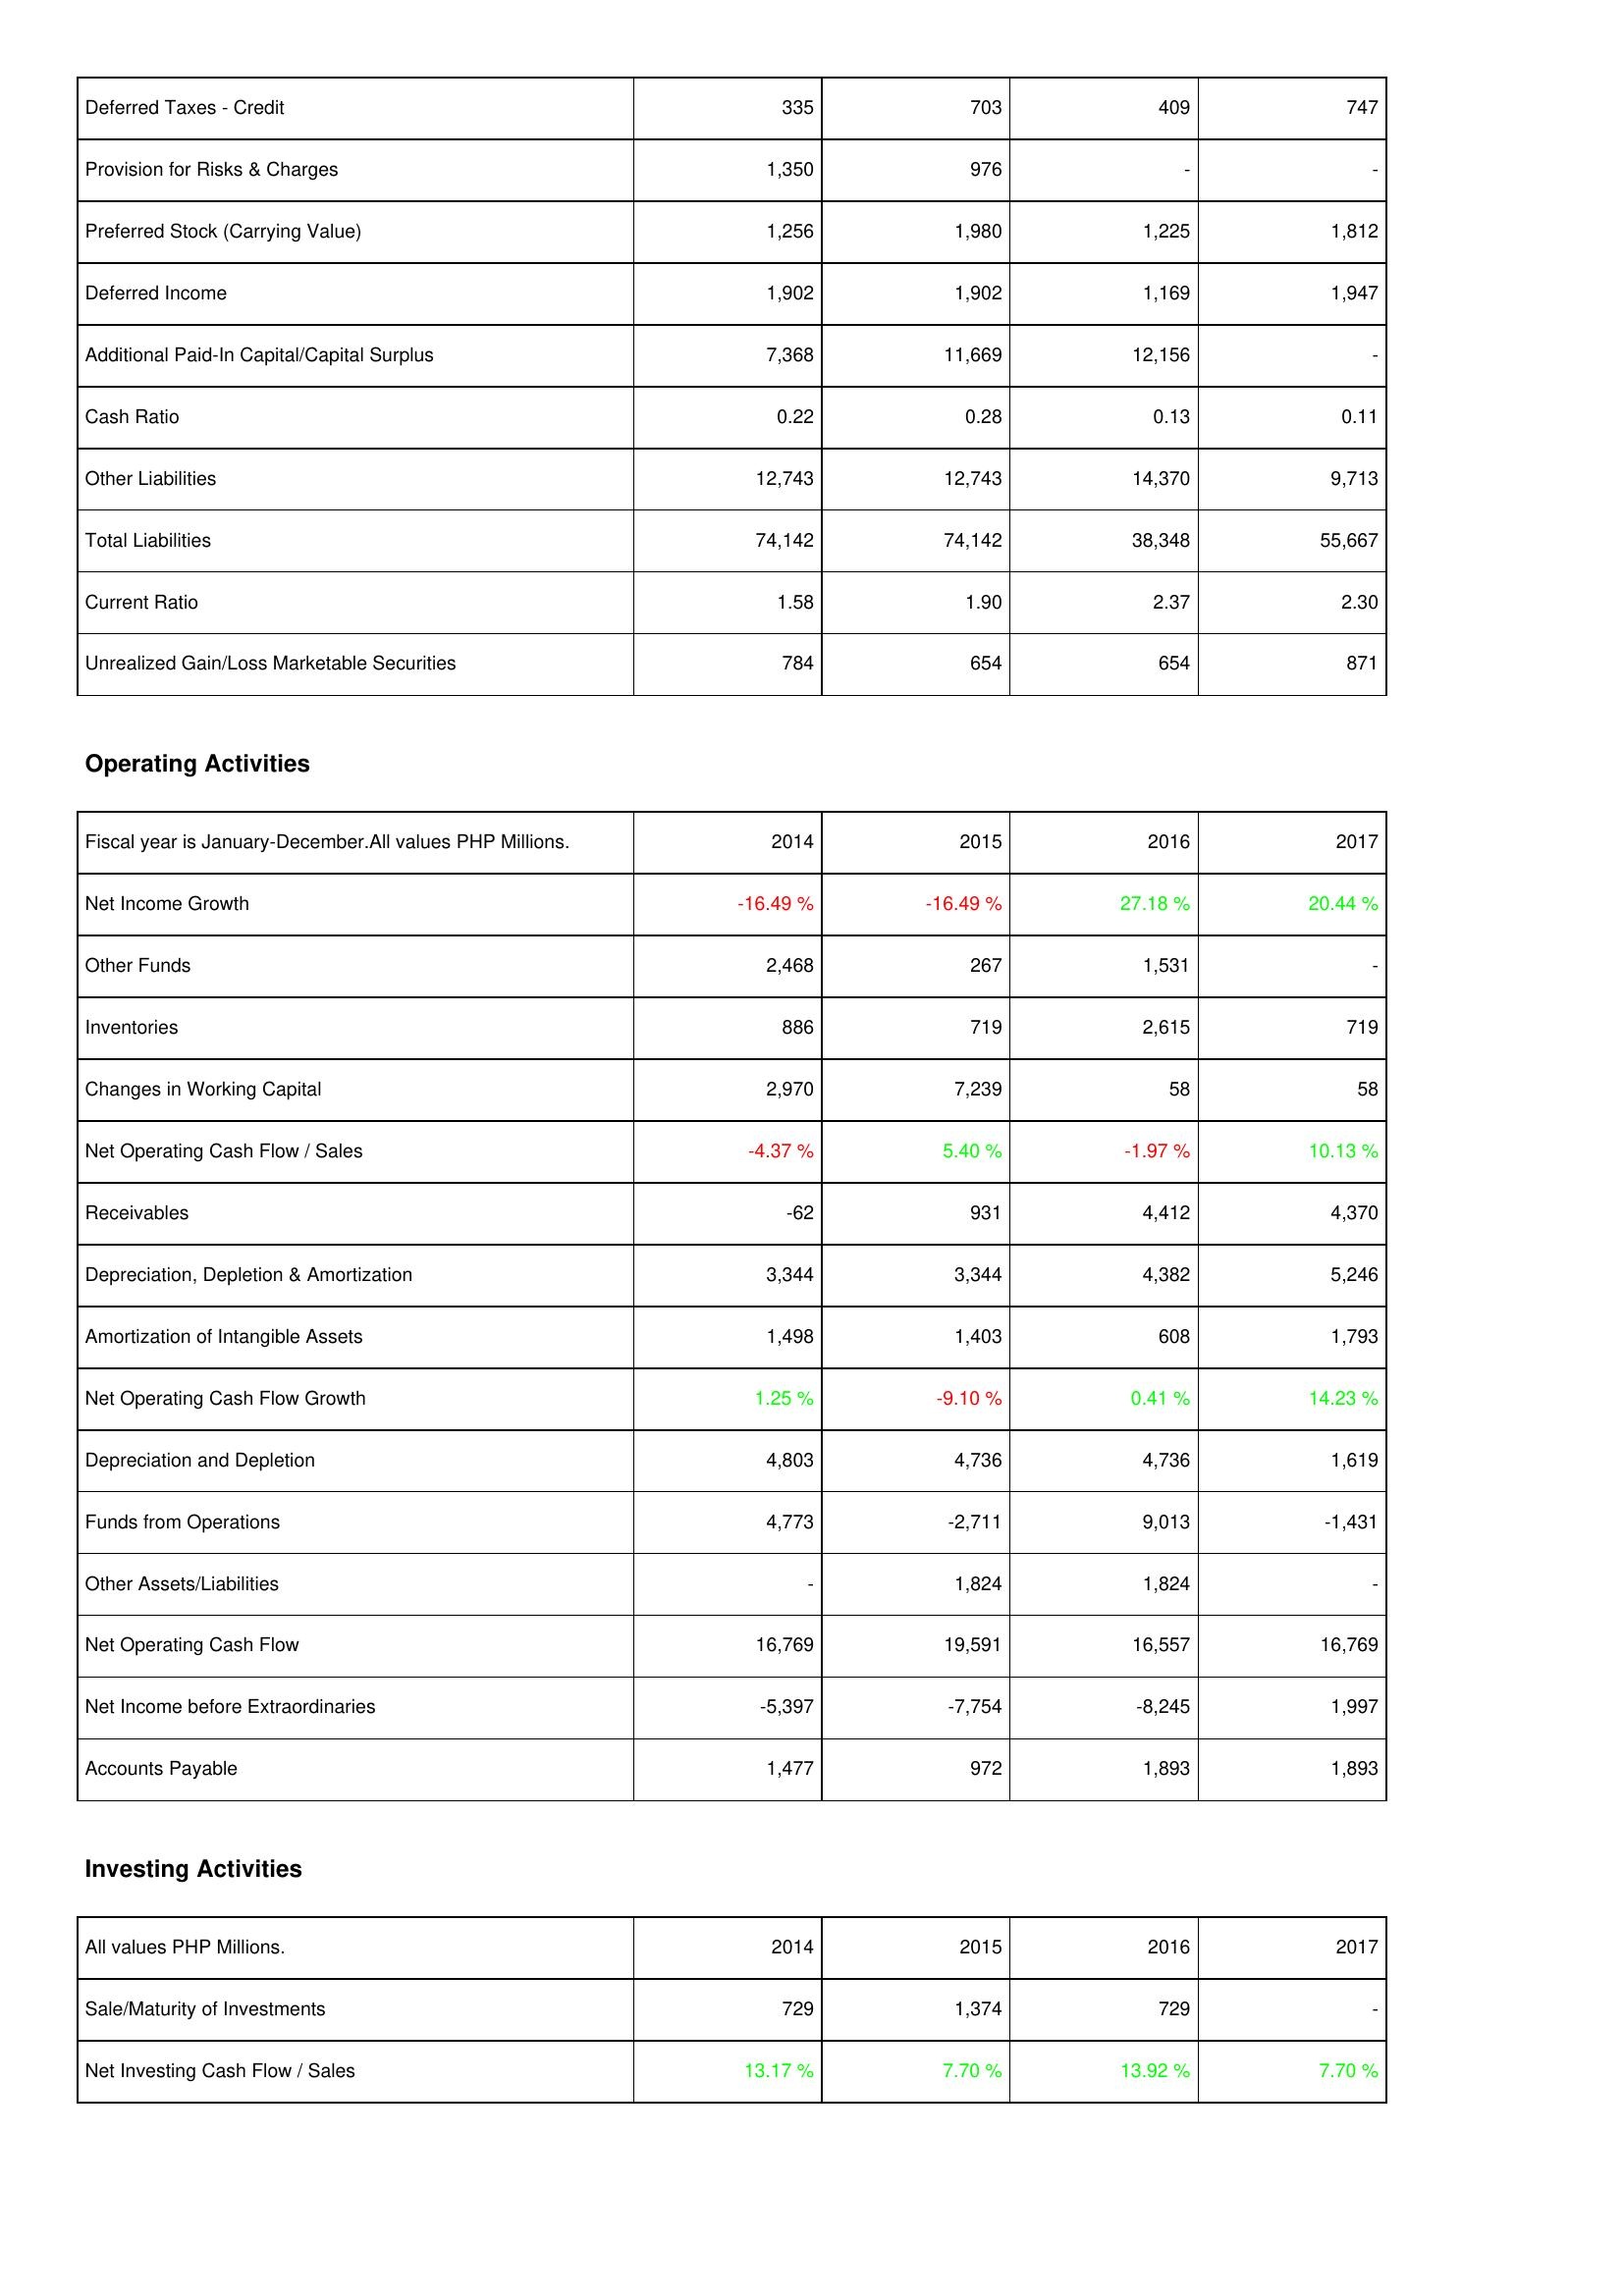
2014: Liabilities & Shareholders' Equity: Deferred Taxes - Credit: 335
Provision for Risks & Charges: 1,350
Preferred Stock (Carrying Value): 1,256
Deferred Income: 1,902
Additional Paid-In Capital/Capital Surplus: 7,368
Cash Ratio: 0.22
Other Liabilities: 12,743
Total Liabilities: 74,142
Current Ratio: 1.58
Unrealized Gain/Loss Marketable Securities: 784
Operating Activities: Net Income Growth: -16.49 %
Other Funds: 2,468
Inventories: 886
Changes in Working Capital: 2,970
Net Operating Cash Flow / Sales: -4.37 %
Receivables: -62
Depreciation, Depletion & Amortization: 3,344
Amortization of Intangible Assets: 1,498
Net Operating Cash Flow Growth: 1.25 %
Depreciation and Depletion: 4,803
Funds from Operations: 4,773
Other Assets/Liabilities: -
Net Operating Cash Flow: 16,769
Net Income before Extraordinaries: -5,397
Accounts Payable: 1,477
Investing Activities: Sale/Maturity of Investments: 729
Net Investing Cash Flow / Sales: 13.17 %
2015: Liabilities & Shareholders' Equity: Deferred Taxes - Credit: 703
Provision for Risks & Charges: 976
Preferred Stock (Carrying Value): 1,980
Deferred Income: 1,902
Additional Paid-In Capital/Capital Surplus: 11,669
Cash Ratio: 0.28
Other Liabilities: 12,743
Total Liabilities: 74,142
Current Ratio: 1.90
Unrealized Gain/Loss Marketable Securities: 654
Operating Activities: Net Income Growth: -16.49 %
Other Funds: 267
Inventories: 719
Changes in Working Capital: 7,239
Net Operating Cash Flow / Sales: 5.40 %
Receivables: 931
Depreciation, Depletion & Amortization: 3,344
Amortization of Intangible Assets: 1,403
Net Operating Cash Flow Growth: -9.10 %
Depreciation and Depletion: 4,736
Funds from Operations: -2,711
Other Assets/Liabilities: 1,824
Net Operating Cash Flow: 19,591
Net Income before Extraordinaries: -7,754
Accounts Payable: 972
Investing Activities: Sale/Maturity of Investments: 1,374
Net Investing Cash Flow / Sales: 7.70 %
2016: Liabilities & Shareholders' Equity: Deferred Taxes - Credit: 409
Provision for Risks & Charges: -
Preferred Stock (Carrying Value): 1,225
Deferred Income: 1,169
Additional Paid-In Capital/Capital Surplus: 12,156
Cash Ratio: 0.13
Other Liabilities: 14,370
Total Liabilities: 38,348
Current Ratio: 2.37
Unrealized Gain/Loss Marketable Securities: 654
Operating Activities: Net Income Growth: 27.18 %
Other Funds: 1,531
Inventories: 2,615
Changes in Working Capital: 58
Net Operating Cash Flow / Sales: -1.97 %
Receivables: 4,412
Depreciation, Depletion & Amortization: 4,382
Amortization of Intangible Assets: 608
Net Operating Cash Flow Growth: 0.41 %
Depreciation and Depletion: 4,736
Funds from Operations: 9,013
Other Assets/Liabilities: 1,824
Net Operating Cash Flow: 16,557
Net Income before Extraordinaries: -8,245
Accounts Payable: 1,893
Investing Activities: Sale/Maturity of Investments: 729
Net Investing Cash Flow / Sales: 13.92 %
2017: Liabilities & Shareholders' Equity: Deferred Taxes - Credit: 747
Provision for Risks & Charges: -
Preferred Stock (Carrying Value): 1,812
Deferred Income: 1,947
Additional Paid-In Capital/Capital Surplus: -
Cash Ratio: 0.11
Other Liabilities: 9,713
Total Liabilities: 55,667
Current Ratio: 2.30
Unrealized Gain/Loss Marketable Securities: 871
Operating Activities: Net Income Growth: 20.44 %
Other Funds: -
Inventories: 719
Changes in Working Capital: 58
Net Operating Cash Flow / Sales: 10.13 %
Receivables: 4,370
Depreciation, Depletion & Amortization: 5,246
Amortization of Intangible Assets: 1,793
Net Operating Cash Flow Growth: 14.23 %
Depreciation and Depletion: 1,619
Funds from Operations: -1,431
Other Assets/Liabilities: -
Net Operating Cash Flow: 16,769
Net Income before Extraordinaries: 1,997
Accounts Payable: 1,893
Investing Activities: Sale/Maturity of Investments: -
Net Investing Cash Flow / Sales: 7.70 %